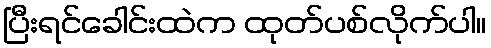
ပြီးရင်ခေါင်းထဲက ထုတ်ပစ်လိုက်ပါ။